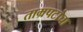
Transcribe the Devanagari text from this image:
ताम्रपटांचा